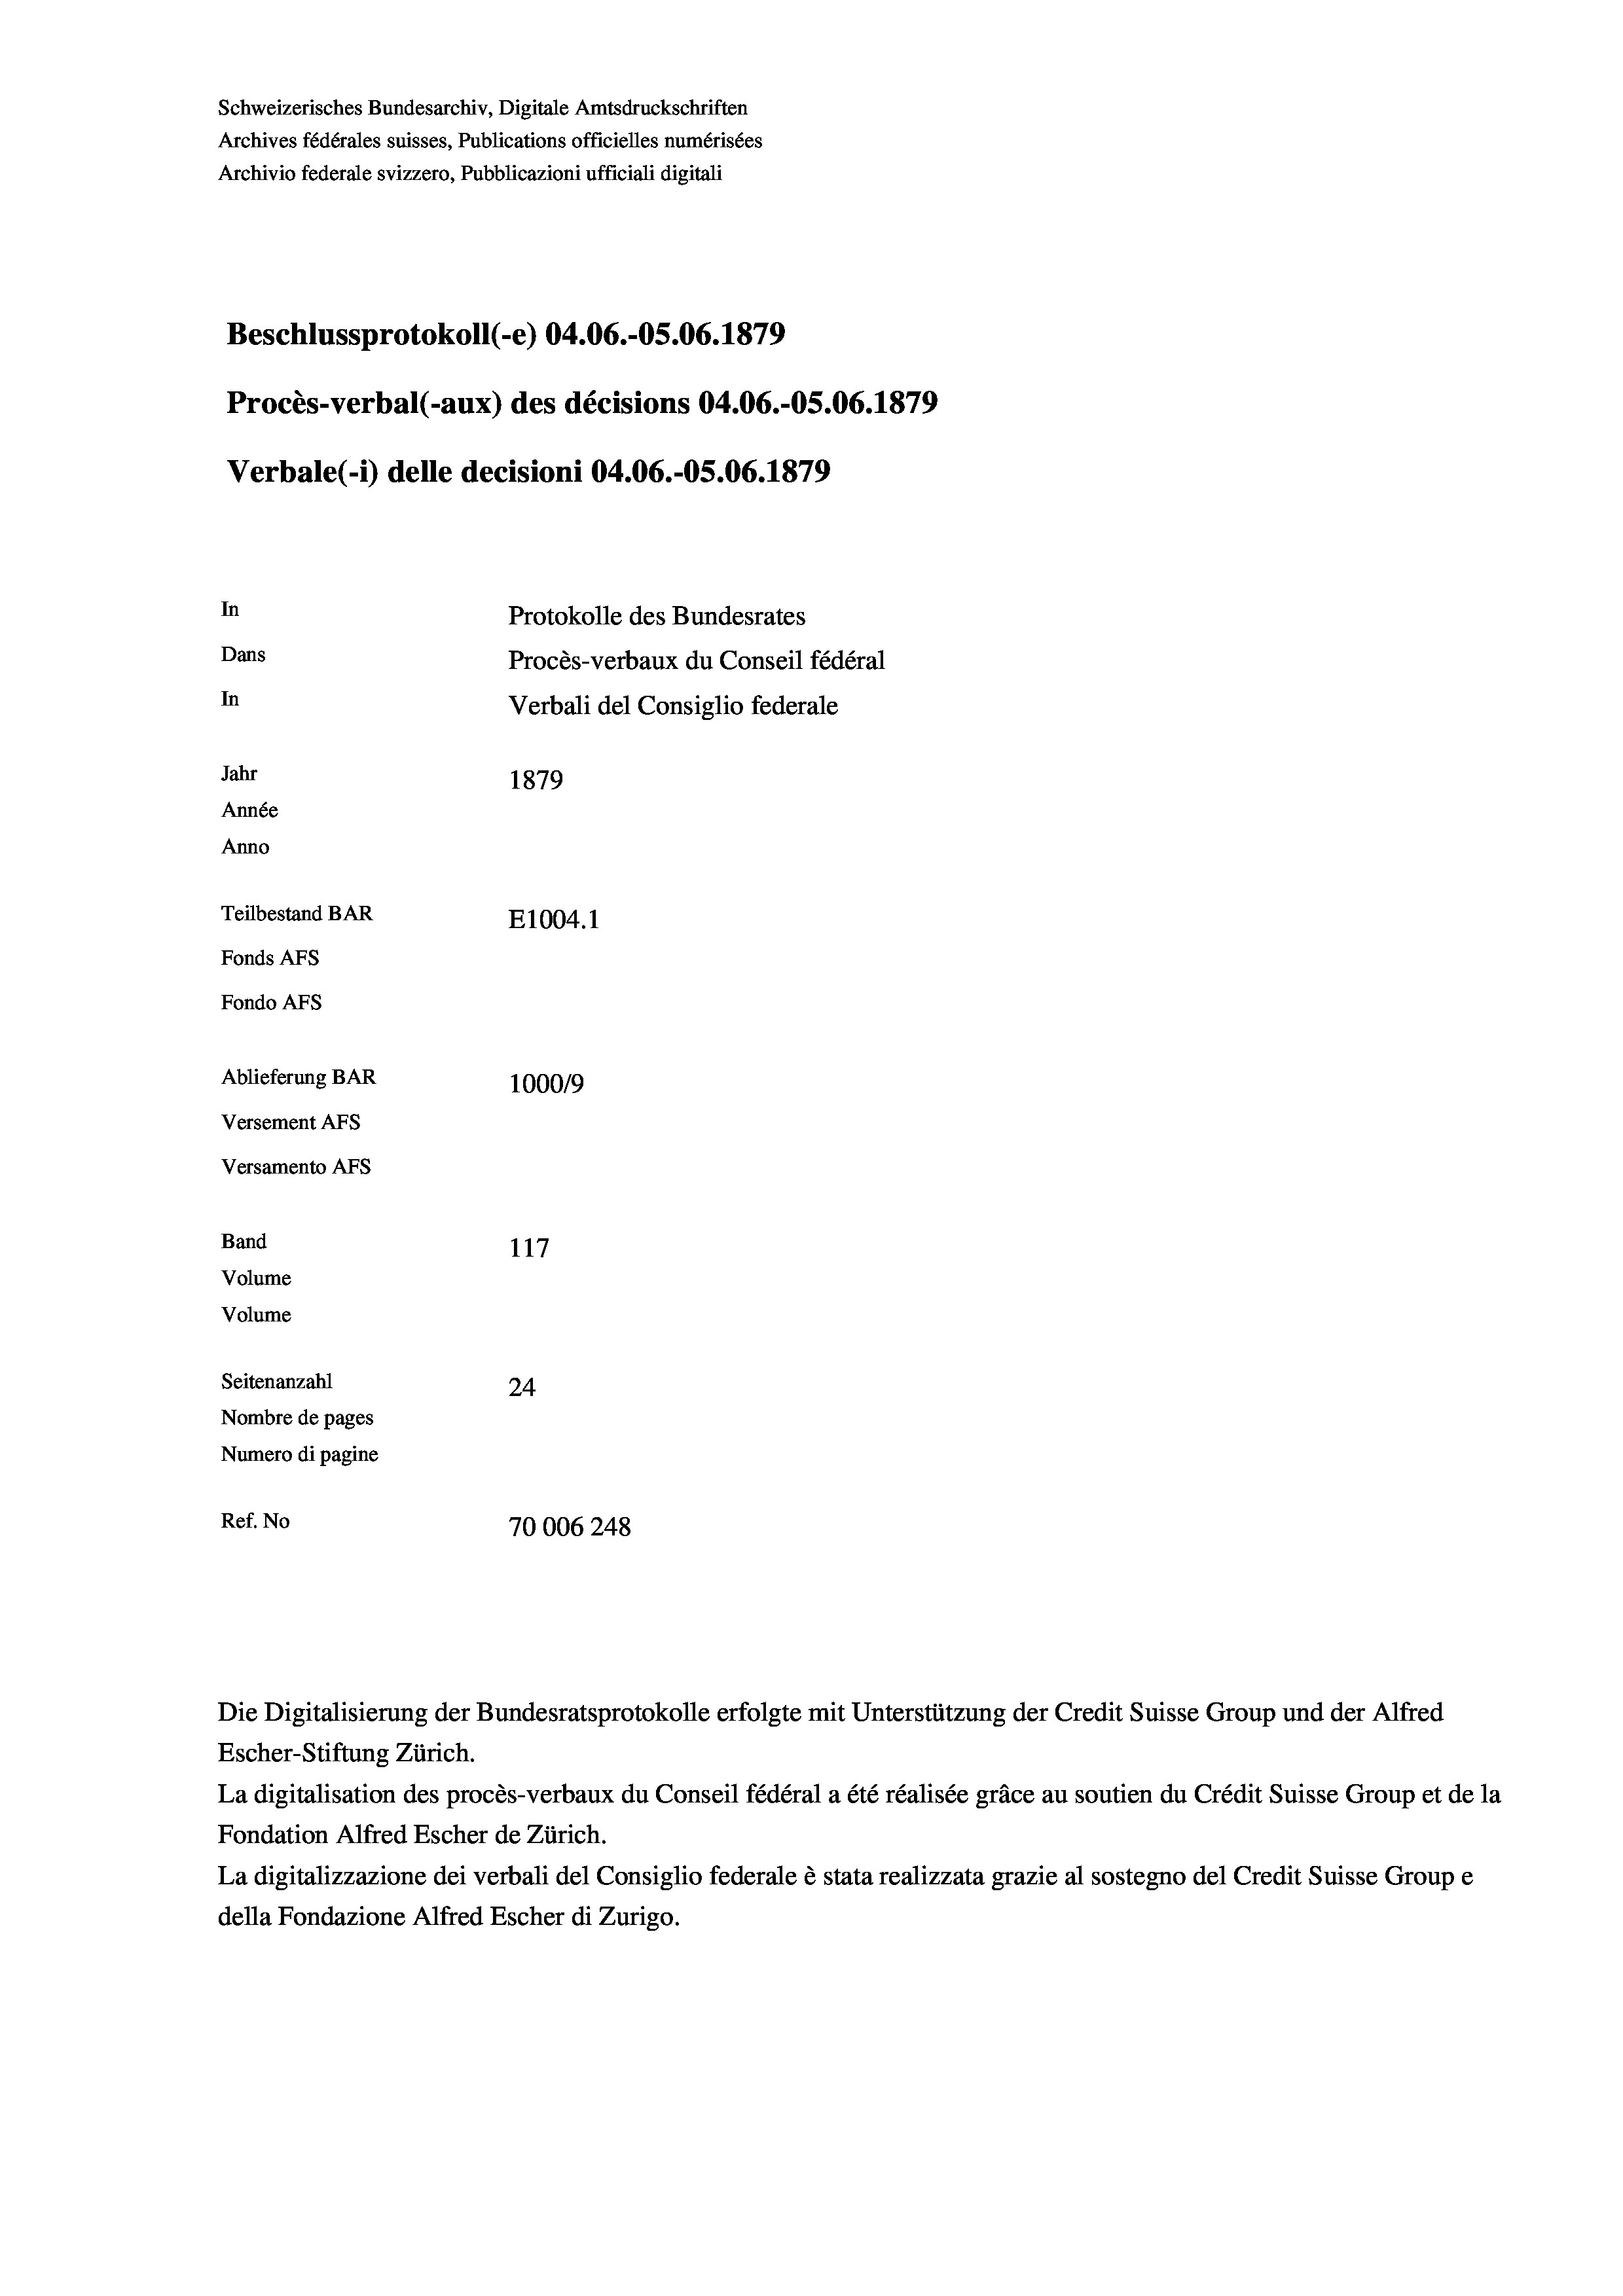
Schweizerisches Bundesarchiv, Digitale Amtsdruckschriften
Archives fédérales suisses, Publications officielles numérisées
Archivio federale svizzero, Pubblicazioni ufficiali digitali
Beschlussprotokoll (-e) 04.06.-OS.06. 1879
Procès-verbal (-aux) des décisions 04.06.-OS.06. 1879
Verbale (- 1) delle decisioni 04.06.-OS.06. 1879
In
Protokolle des Bundesrates
Dans
Procès-verbaux du Conseil fédéral
In
Verbali del Consiglio federale
Jahr
1879
Année
Anno
Teilbestand BAR
E1004.1
Fonds AFs
Fondo AFS
Ablieferung BAR
100019
Versement AFs
Versamento AFs
Band
117
Volume
Volume
Seitenanzahl
24
Nombre de pages
Numero di pagine
Ref. No
70006 248

Escher-Stiftung Zürich.
La digitalisation des procès-verbaux du Conseil fédéral a été réalisée gräce au soutien du Crédit Suisse Group et de la
Fondation Alfred Escher de Zürich.
La digitalizzazione dei verbali del Consiglio federale è stata realizzata grazie al sostegno del Credit Suisse Groupe
della Fondazione Alfred Escher di Zurigo.

Die Digitalisierung der Bundesratsprotokolle erfolgte mit Unterstützung der Credit Suisse Group und der Alfred